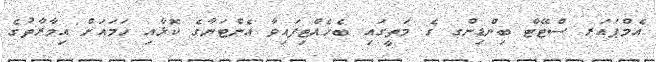
އެމްޕައަރ ސްޓޭޓް ބިންޑިންގ ގެ މަތީގައި ބެހެއްޓިފައިވާ އެންޓަނާގެ ކޮޅާއި ހަމައަށް އިމާރާތުގެ